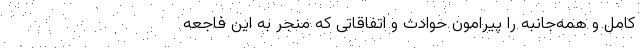
کامل و همه‌جانبه را پیرامون حوادث و اتفاقاتی که منجر به این فاجعه